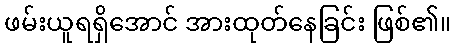
ဖမ်းယူရရှိအောင် အားထုတ်နေခြင်း ဖြစ်၏။